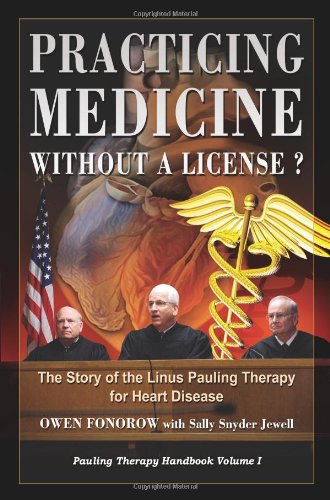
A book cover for Practicing Medicine Without A License? The Story of the Linus Pauling Therapy for Heart Disease (Pauling Therapy Handbook); Owen Fonorow; Medical Books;